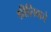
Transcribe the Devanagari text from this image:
श्रीशिवाचे